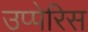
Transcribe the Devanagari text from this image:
उप्पेरिस